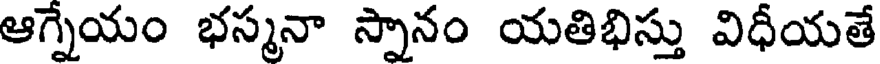
ఆగ్నేయం భస్మనా స్నానం యతిభిస్తు విధీయతే